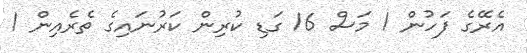
އެރޭގެ ފަހުން 1 މަސް 16 ގަޑި ކުރިން ކަރުނައިގެ ތެރެއިން 1